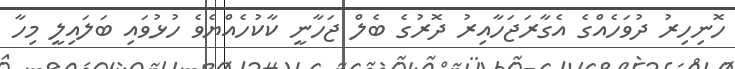
ހޮނިހިރު ދުވަހެއްގެ އެގާރަޖަހާއިރު ދޮރުގެ ބެލް ޖަހާނީ ކާކުހެއްޔެވެ ހުޅުވައި ބަލައިލީ މިހާ